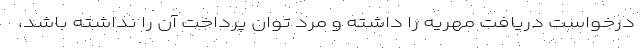
درخواست دریافت مهریه را داشته و مرد توان پرداخت آن را نداشته باشد،